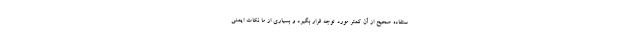
ستفاده صحیح از آن کمتر مورد توجه قرار بگیرد و بسیاری از ما نکات ایمنی